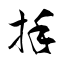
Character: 抙